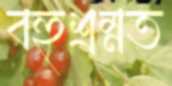
বহুশ্রম্নত